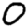
Digit: 0